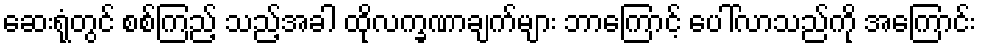
ဆေးရုံတွင် စစ်ကြည့် သည့်အခါ ထိုလက္ခဏာချက်များ ဘာကြောင့် ပေါ်လာသည်ကို အကြောင်း